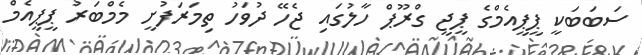
ސަބަބަކީ ޕީޕީއެމްގެ ޕީޖީ ގްރޫޕް ހާލުގައި ޖެހޭ ދުވަހު ތިމަރަފުށީ މެމްބަރު ޕީޕީއެމް